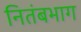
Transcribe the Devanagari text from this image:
नितंबभाग